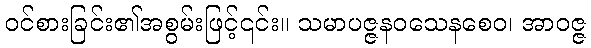
ဝင်စားခြင်း၏အစွမ်းဖြင့်၎င်း။ သမာပဇ္ဇနဝသေနစေဝ၊ အာဝဇ္ဇ